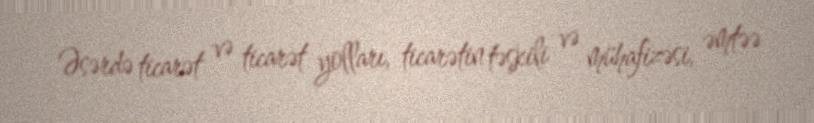
Əsərdə ticarət və ticarət yolları, ticarətin təşkili və mühafizəsi, əmtəə